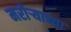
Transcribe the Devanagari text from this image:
मरोऱ्याच्या